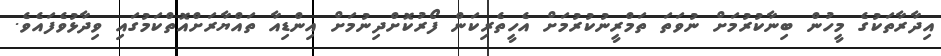
އިދާރާތަކުގެ މީހުން ބިނާކުރުމަށް ނުވަތަ ތަމްރީނުކުރުމަށް އެހީތެރިކަން ފޯރުކޮށްދިނުމަށް އިންޑިއާ ތައްޔާރަށްއޮތްކަމުގައި ވިދާޅުވެފައެވެ.